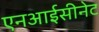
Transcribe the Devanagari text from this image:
एनआईसीनेट